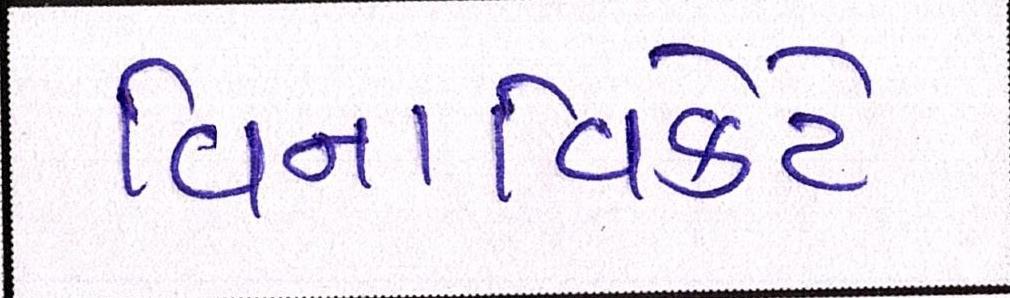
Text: વિનાવિકેટે